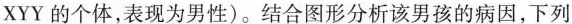
XYY的个体，表现为男性)。结合图形分析该男孩的病因，下列